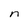
Character: n